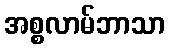
အစ္စလာမ်ဘာသာ